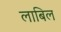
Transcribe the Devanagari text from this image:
लाबिल